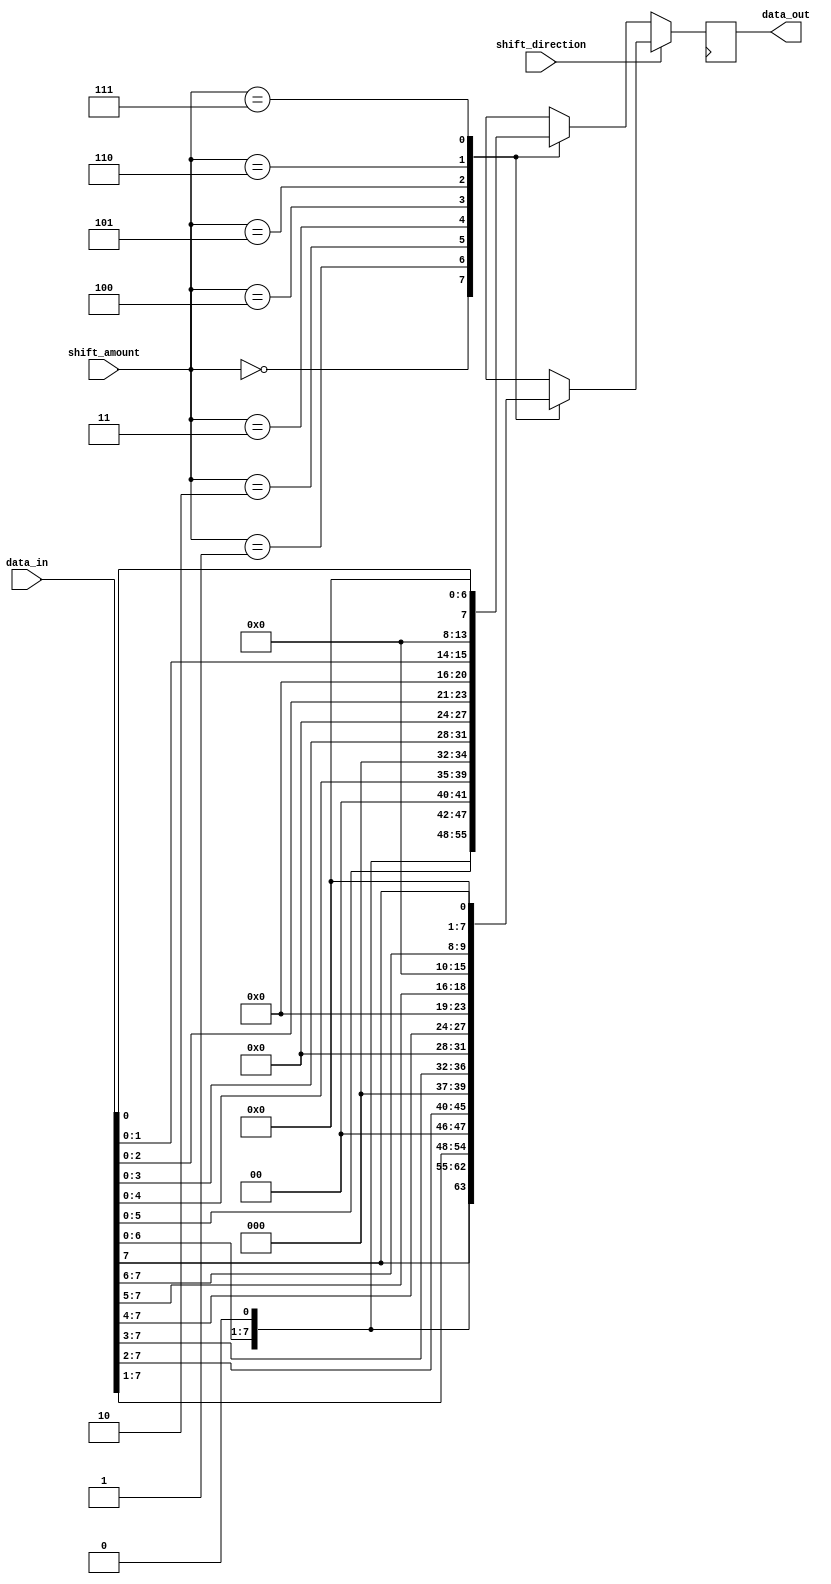
module Barrel_Shifter(
    input wire [7:0] data_in,
    input wire [2:0] shift_amount,
    input wire shift_direction,
    output reg [7:0] data_out
);

reg [7:0] temp_data;

always @ (posedge clk) begin
    if (shift_direction == 1'b0) begin // Shift left
        case(shift_amount)
            3'b000: temp_data <= data_in;
            3'b001: temp_data <= {data_in[6:0], 1'b0};
            3'b010: temp_data <= {data_in[5:0], 2'b00};
            3'b011: temp_data <= {data_in[4:0], 3'b000};
            3'b100: temp_data <= {data_in[3:0], 4'b0000};
            3'b101: temp_data <= {data_in[2:0], 5'b00000};
            3'b110: temp_data <= {data_in[1:0], 6'b000000};
            3'b111: temp_data <= {data_in[0], 7'b0000000};
        endcase
    end else begin // Shift right
        case(shift_amount)
            3'b000: temp_data <= data_in;
            3'b001: temp_data <= {1'b0, data_in[7:1]};
            3'b010: temp_data <= {2'b00, data_in[7:2]};
            3'b011: temp_data <= {3'b000, data_in[7:3]};
            3'b100: temp_data <= {4'b0000, data_in[7:4]};
            3'b101: temp_data <= {5'b00000, data_in[7:5]};
            3'b110: temp_data <= {6'b000000, data_in[7:6]};
            3'b111: temp_data <= {7'b0000000, data_in[7]};
        endcase
    end
end

assign data_out = temp_data;

endmodule